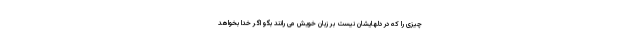
چيزى را كه در دلهايشان نيست بر زبان خويش مى رانند بگو اگر خدا بخواهد